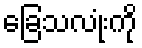
ခြေသလုံးကို